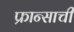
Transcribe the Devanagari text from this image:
फ्रान्साची